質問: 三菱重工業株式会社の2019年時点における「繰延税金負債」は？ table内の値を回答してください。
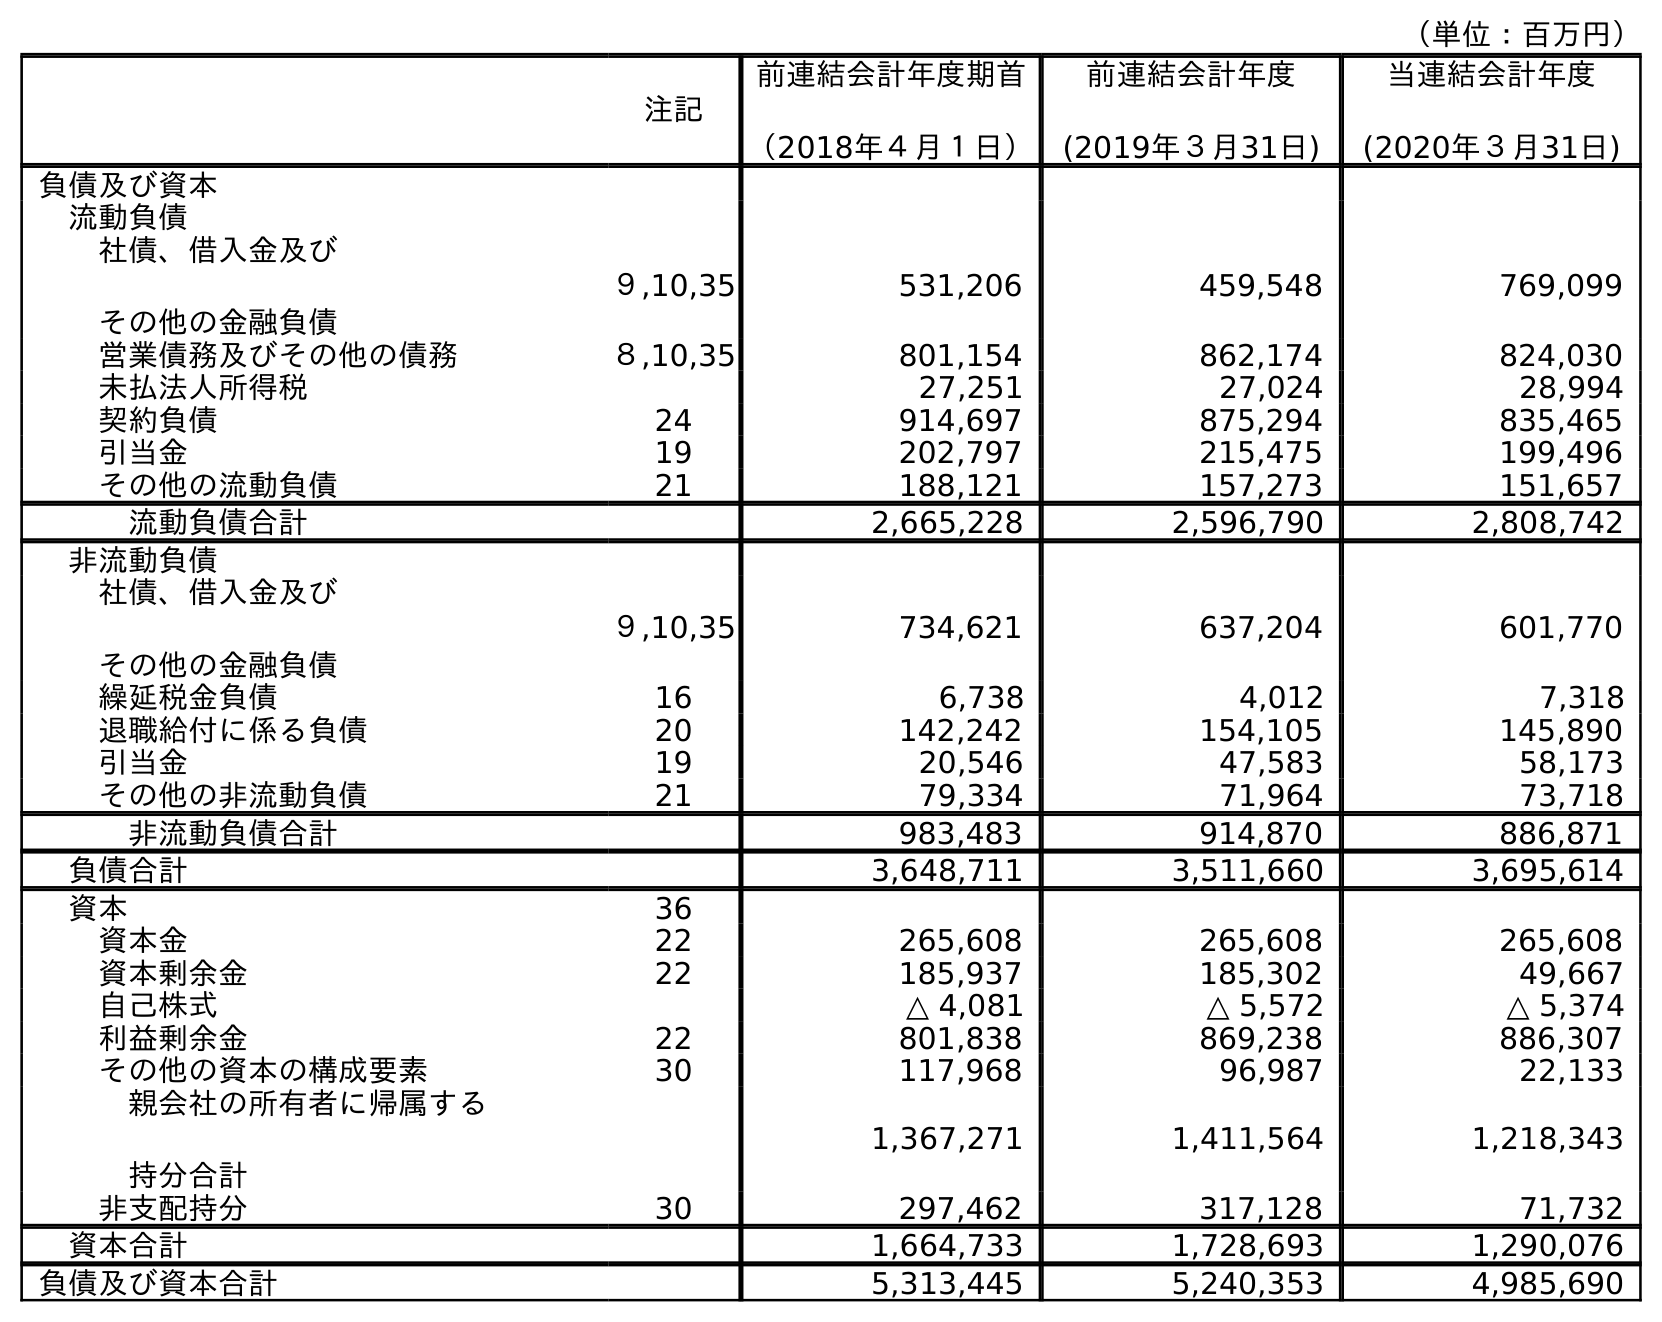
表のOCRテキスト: （単位：百万円） 注記 前連結会計年度期首 （2018年４月１日） 前連結会計年度 (2019年３月31日) 当連結会計年度 (2020年３月31日) 負債及び資本 流動負債 社債、借入金及び その他の金融負債 ９,10,35 531,206 459,548 769,099 営業債務及びその他の債務 ８,10,35 801,154 862,174 824,030 未払法人所得税 27,251 27,024 28,994 契約負債 24 914,697 875,294 835,465 引当金 19 202,797 215,475 199,496 その他の流動負債 21 188,121 157,273 151,657 流動負債合計 2,665,228 2,596,790 2,808,742 非流動負債 社債、借入金及び その他の金融負債 ９,10,35 734,621 637,204 601,770 繰延税金負債 16 6,738 4,012 7,318 退職給付に係る負債 20 142,242 154,105 145,890 引当金 19 20,546 47,583 58,173 その他の非流動負債 21 79,334 71,964 73,718 非流動負債合計 983,483 914,870 886,871 負債合計 3,648,711 3,511,660 3,695,614 資本 36 資本金 22 265,608 265,608 265,608 資本剰余金 22 185,937 185,302 49,667 自己株式 △ 4,081 △ 5,572 △ 5,374 利益剰余金 22 801,838 869,238 886,307 その他の資本の構成要素 30 117,968 96,987 22,133 親会社の所有者に帰属する 持分合計 1,367,271 1,411,564 1,218,343 非支配持分 30 297,462 317,128 71,732 資本合計 1,664,733 1,728,693 1,290,076 負債及び資本合計 5,313,445 5,240,353 4,985,690
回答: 4,012